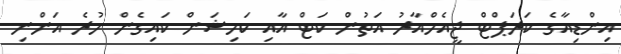
އިންޑިއާގެ ކަރަޕްޓް ޖީއެމްއާރު އަތުން ކަޓް އާއި ކަމިޝަން ކައިގެން ހުރެ އަންނި